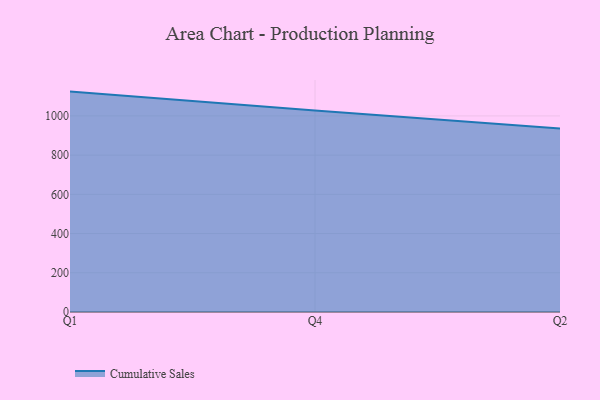
{"axis": {"x": "Quarter", "y": "Website Visitors"}, "legend": ["Cumulative Sales"], "data": [{"x": "Q1", "y": 1124.2, "type": "Cumulative Sales"}, {"x": "Q4", "y": 1027.3, "type": "Cumulative Sales"}, {"x": "Q2", "y": 936.6, "type": "Cumulative Sales"}]}